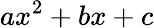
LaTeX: ax^{2}+bx+c